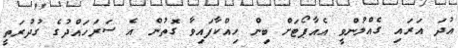
އުދަ އަރައި ގެއްލުންވީ އެއާޕޯޓަށް ބިން ހިއްކާފައިވާ ގޮތުން އެ ސަރަހައްދުގެ ގުދުރަތީ